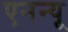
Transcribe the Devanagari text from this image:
एनन्यू